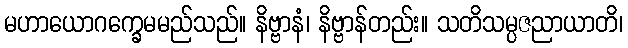
မဟာယောဂက္ခေမမည်သည်။ နိဗ္ဗာနံ၊ နိဗ္ဗာန်တည်း။ သတိသမ္ပဇညာယာတိ၊